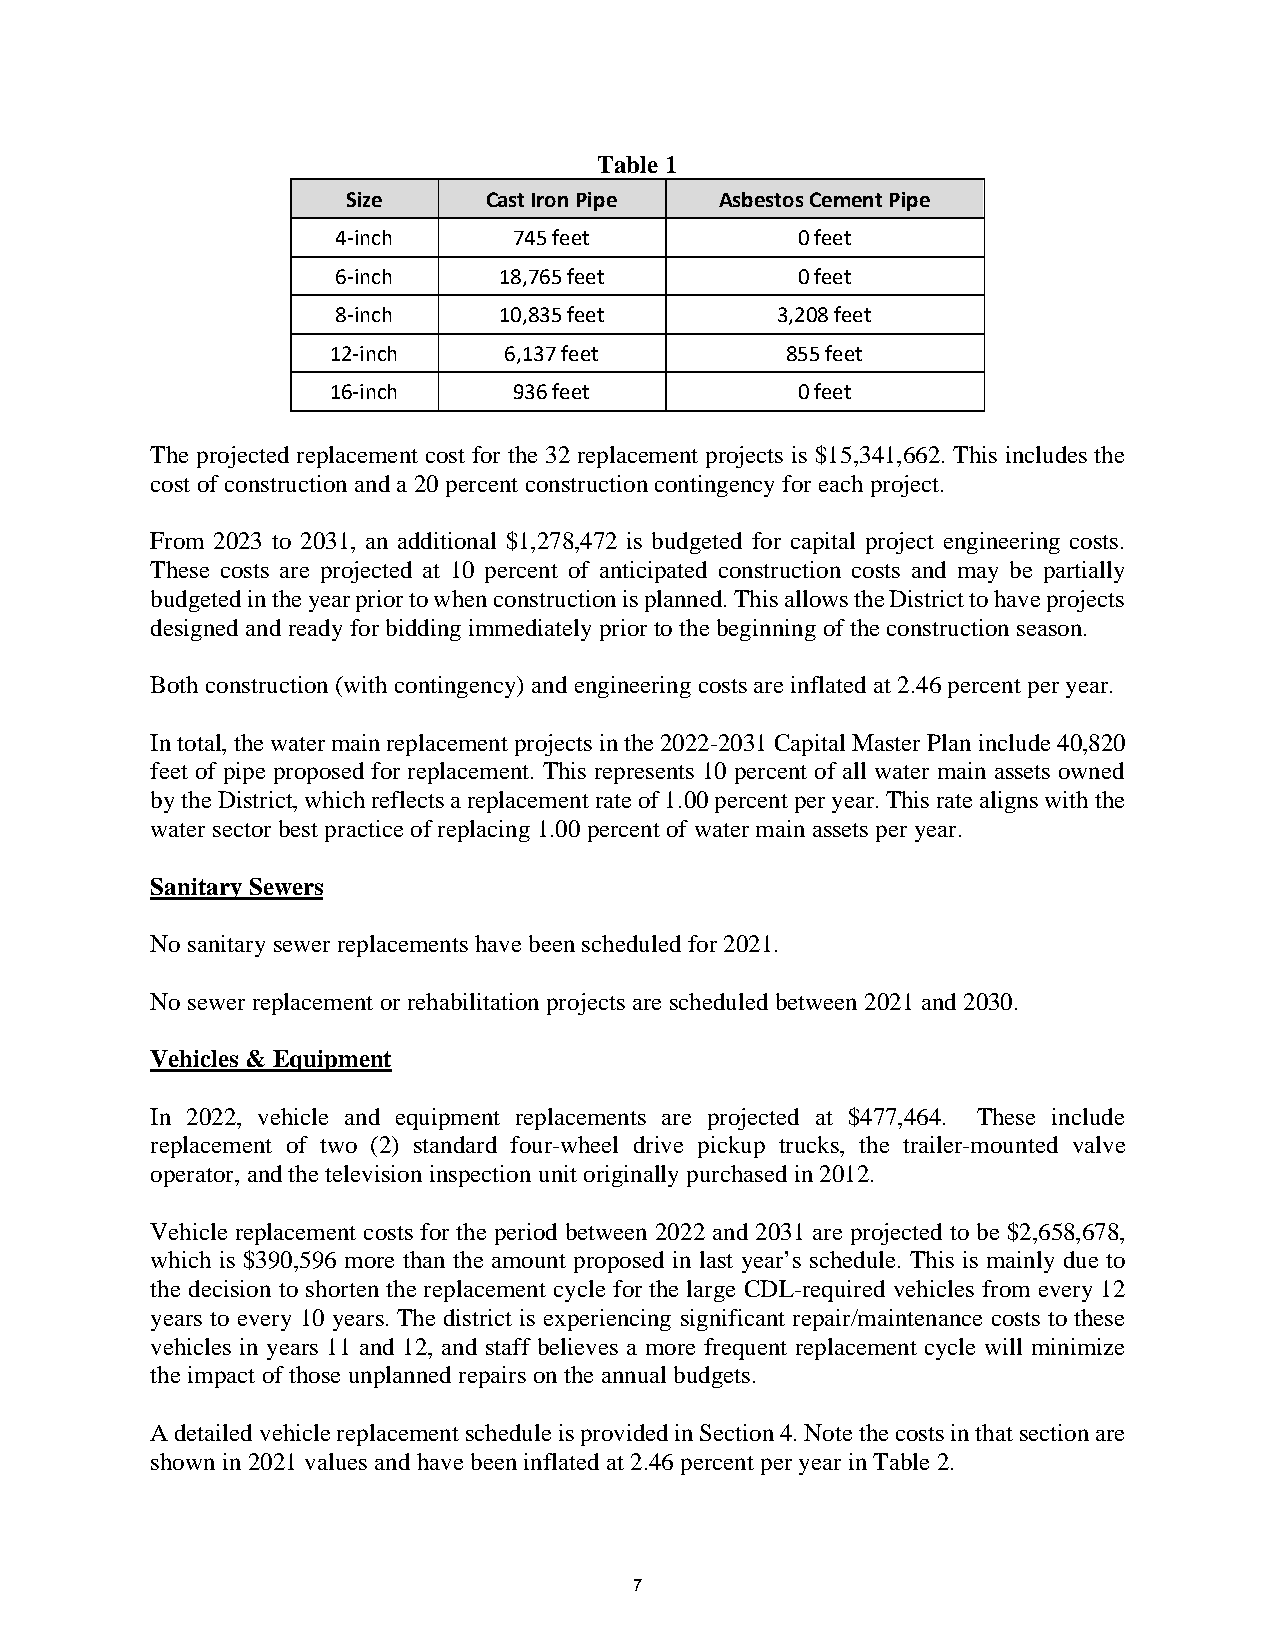
Table 1
 Size     Cast Iron Pipe  Asbestos Cement Pipe
 4-inch      745 feet           0 feet
 6-inch     18,765 feet         0 feet
 8-inch     10,835 feet       3,208 feet
 12-inch    6,137 feet         855 feet
 16-inch     936 feet           0 feet
 The projected replacement cost for the 32 replacement projects is $15,341,662. This includes the
 cost of construction and a 20 percent construction contingency for each project.
 From 2023 to 2031, an additional $1,278,472 is budgeted for capital project engineering costs.
 These costs are projected at 10 percent of anticipated construction costs and may be partially
 budgeted in the year prior to when construction is planned. This allows the District to have projects
 designed and ready for bidding immediately prior to the beginning of the construction season.
 Both construction (with contingency) and engineering costs are inflated at 2.46 percent per year.
 In total, the water main replacement projects in the 2022-2031 Capital Master Plan include 40,820
 feet of pipe proposed for replacement. This represents 10 percent of all water main assets owned
 by the District, which reflects a replacement rate of 1.00 percent per year. This rate aligns with the
 water sector best practice of replacing 1.00 percent of water main assets per year.
 Sanitary Sewers
 No sanitary sewer replacements have been scheduled for 2021.
 No sewer replacement or rehabilitation projects are scheduled between 2021 and 2030.
 Vehicles & Equipment
 In 2022, vehicle and equipment replacements are projected at $477,464. These include
 replacement of two (2) standard four-wheel drive pickup trucks, the trailer-mounted valve
 operator, and the television inspection unit originally purchased in 2012.
 Vehicle replacement costs for the period between 2022 and 2031 are projected to be $2,658,678,
 which is $390,596 more than the amount proposed in last year’s schedule. This is mainly due to
 the decision to shorten the replacement cycle for the large CDL-required vehicles from every 12
 years to every 10 years. The district is experiencing significant repair/maintenance costs to these
 vehicles in years 11 and 12, and staff believes a more frequent replacement cycle will minimize
 the impact of those unplanned repairs on the annual budgets.
 A detailed vehicle replacement schedule is provided in Section 4. Note the costs in that section are
 shown in 2021 values and have been inflated at 2.46 percent per year in Table 2.
 7